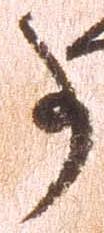
事